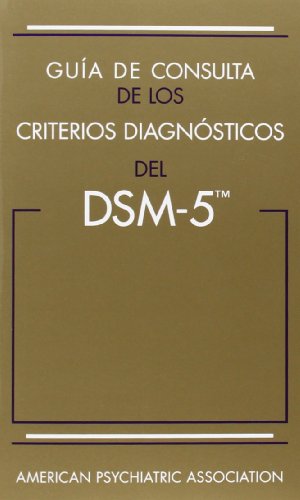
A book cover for Guia de Consulta de Los Criterios Diagnosticos del DSM-5(TM): Spanish Edition of the Desk Reference to the Diagnostic Criteria from DSM-5(TM); American Psychiatric Association; Medical Books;